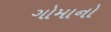
ગોમાનો